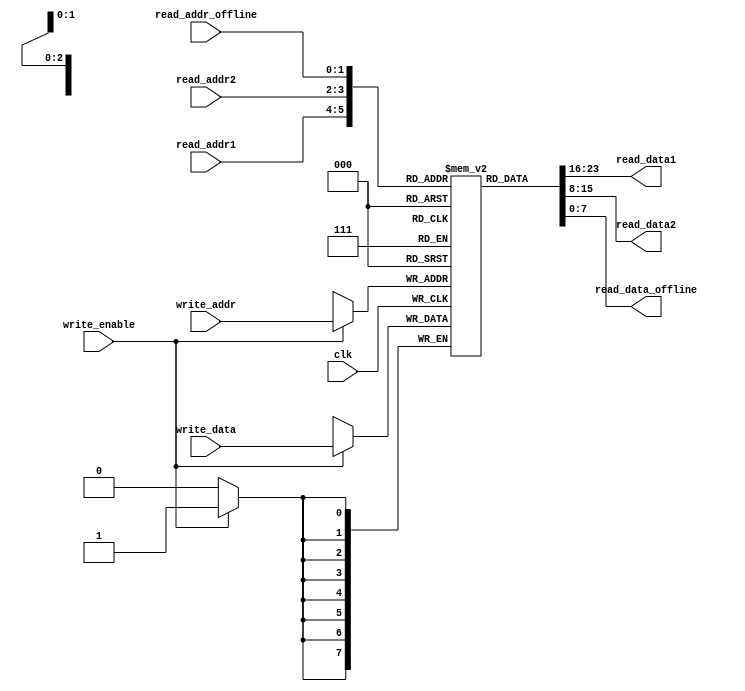
module RegisterFile(
	input [1:0] read_addr1,
	input [1:0] read_addr2,
	input [1:0] read_addr_offline,
	input [1:0] write_addr,
	input [7:0] write_data,
	input clk,
	input write_enable,
	output [7:0] read_data1,
	output [7:0] read_data2,
	output [7:0] read_data_offline
	);

	reg [7:0] registers[0:3];

	assign read_data1 = registers[read_addr1];
	assign read_data2 = registers[read_addr2];
	assign read_data_offline = registers[read_addr_offline];

	always @ (posedge clk)
	begin

		if (write_enable)
			begin
				registers[write_addr] = write_data;
			end
	end

endmodule